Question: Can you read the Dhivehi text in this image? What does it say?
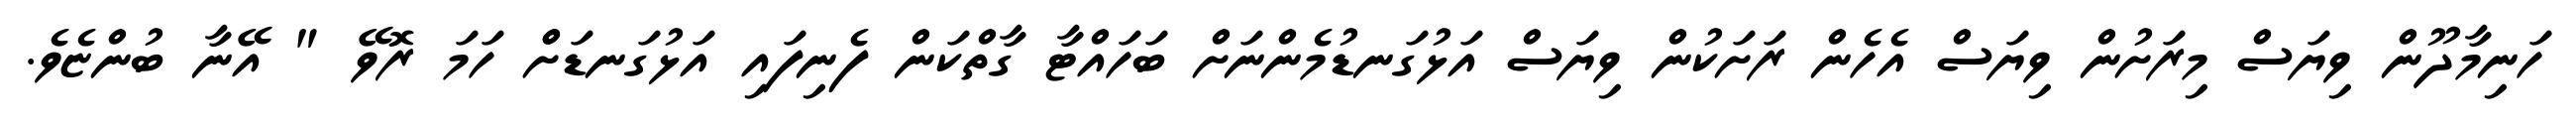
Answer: ހަނިމާދޫން ވިޔަސް މިރަށުން ވިޔަސް އެހެން ރަށަކުން ވިޔަސް އަޅުގަނޑުމެންނަށް ބަހައްޓާ ގާތްކަން ފެނިފައި އަޅުގަނޑަށްް ހަމަ ރޮވޭ " އޭނާ ބުންޏެވެ.